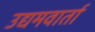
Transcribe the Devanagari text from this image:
उद्यमवार्ता